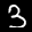
Label: 3